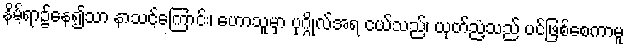
နိမ့်ရာ၌နေ၍သာ နာသင့်ကြောင်း၊ ဟောသူမှာ ပုဂ္ဂိုလ်အရ ငယ်သည်၊ ယုတ်ညံ့သည် ပင်ဖြစ်စေကာမူ